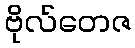
ဗိုလ်တေဇ